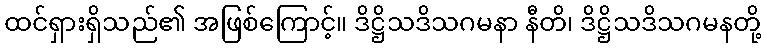
ထင်ရှားရှိသည်၏ အဖြစ်ကြောင့်။ ဒိဋ္ဌိသဒိသဂမနာ နီတိ၊ ဒိဋ္ဌိသဒိသဂမနတို့